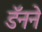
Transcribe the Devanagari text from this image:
डॅनने